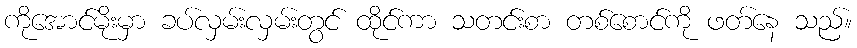
ကိုအောင်မိုးမှာ ခပ်လှမ်းလှမ်းတွင် ထိုင်ကာ သတင်းစာ တစ်စောင်ကို ဖတ်နေ သည်။